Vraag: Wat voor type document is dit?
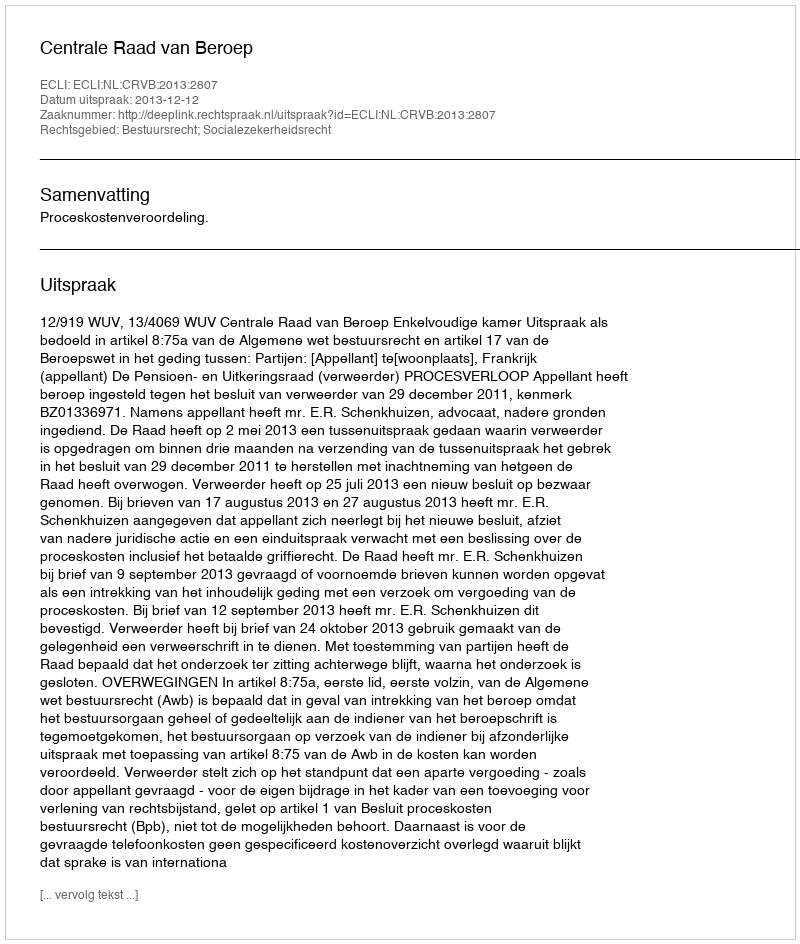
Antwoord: Uitspraak